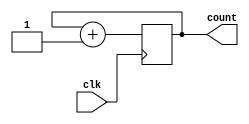
module counter_input(clk,count);
input clk;
output reg [9:0] count;
initial
begin
count=10'b0000000000;
end
always@(posedge clk)
begin
count<=count+10'b0000000001;
end
endmodule